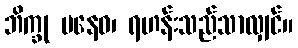
ဘိက္ခု ပနေဝ၊ ရဟန်းသည်သာလျှင်။